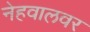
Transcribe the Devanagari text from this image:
नेहवालवर